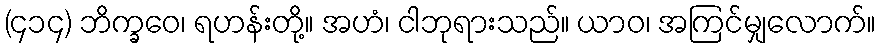
(၄၁၄) ဘိက္ခဝေ၊ ရဟန်းတို့။ အဟံ၊ ငါဘုရားသည်။ ယာဝ၊ အကြင်မျှလောက်။